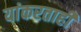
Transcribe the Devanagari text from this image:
यांकरताही